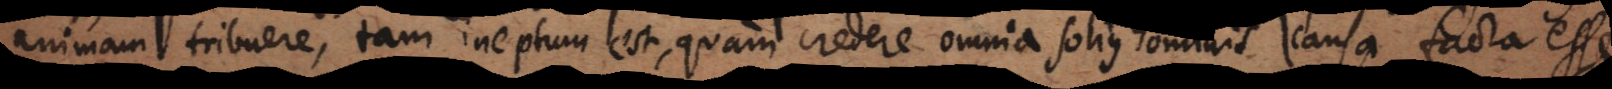
animam tribuere, tam ineptum est, quam credere omnia solius hominis causa facta esse